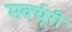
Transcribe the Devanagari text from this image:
मर्क्यूरी